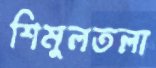
শিমুলতলা